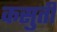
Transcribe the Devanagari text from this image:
कसुती